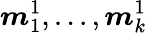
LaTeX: \boldsymbol{m}_{1}^{1},...,\boldsymbol{m}_{k}^{1}